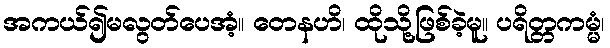
အကယ်၍မလွတ်ပေအံ့။ တေနဟိ၊ ထိုသို့ဖြစ်ခဲ့မူ။ ပရိတ္တကမ္မံ၊